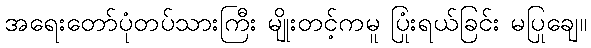
အရေးတော်ပုံတပ်သားကြီး မျိုးတင့်ကမူ ပြုံးရယ်ခြင်း မပြုချေ။